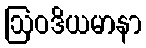
ဩဝဒိယမာနာ